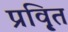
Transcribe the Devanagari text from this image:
प्रवृ़ित